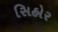
સિહોર